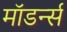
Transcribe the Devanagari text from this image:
मॉडर्न्स